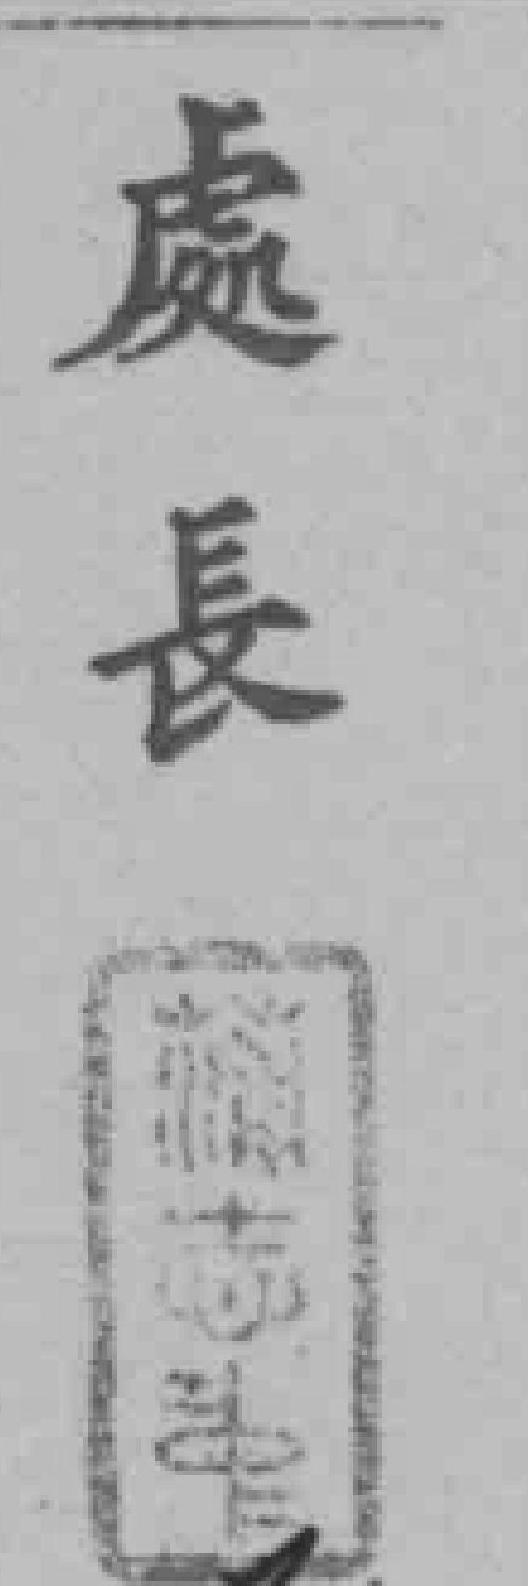
處長*